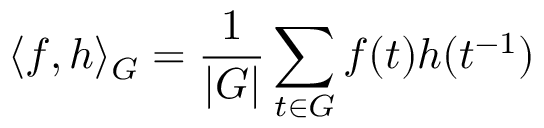
\langle f , h \rangle _ { G } = { \frac { 1 } { | G | } } \sum _ { t \in G } f ( t ) h ( t ^ { - 1 } )